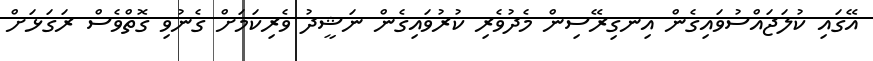
އޭގައި ކުލަޖައްސުވައިގެން އިނގިރޭސިން މެދުވެރި ކުރުވައިގެން ނަޝީދު ވެރިކަމަށް ގެނުވި ގޮތްވެސް ރަގަޅަށް